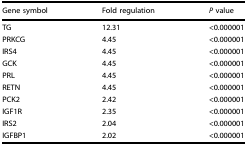
| Gene symbol | Fold regulation | P value |
 | --- | --- | --- |
 | TG | 12.31 | <0.000001 |
 | PRKCG | 4.45 | <0.000001 |
 | IRS4 | 4.45 | <0.000001 |
 | GCK | 4.45 | <0.000001 |
 | PRL | 4.45 | <0.000001 |
 | RETN | 4.45 | <0.000001 |
 | PCK2 | 2.42 | <0.000001 |
 | IGF1R | 2.35 | <0.000001 |
 | IRS2 | 2.04 | <0.000001 |
 | IGFBP1 | 2.02 | <0.000001 |